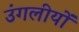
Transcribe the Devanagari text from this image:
उंगलीयों